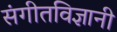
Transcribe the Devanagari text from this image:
संगीतविज्ञानी